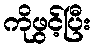
ကိုဖွင့်ပြီး